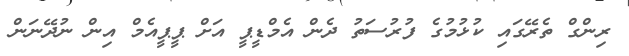
ރިންގް ތެރޭގައި ކުޅުމުގެ ފުރުސަތު ދެން އެމްޑީޕީ އަށް ޕީޕީއެމް އިން ނުދޭނަން